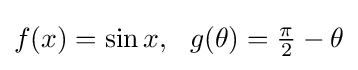
f(x)=\sin x,\ \ g(\theta )={\tfrac {\pi }{2}}-\theta